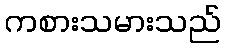
ကစားသမားသည်